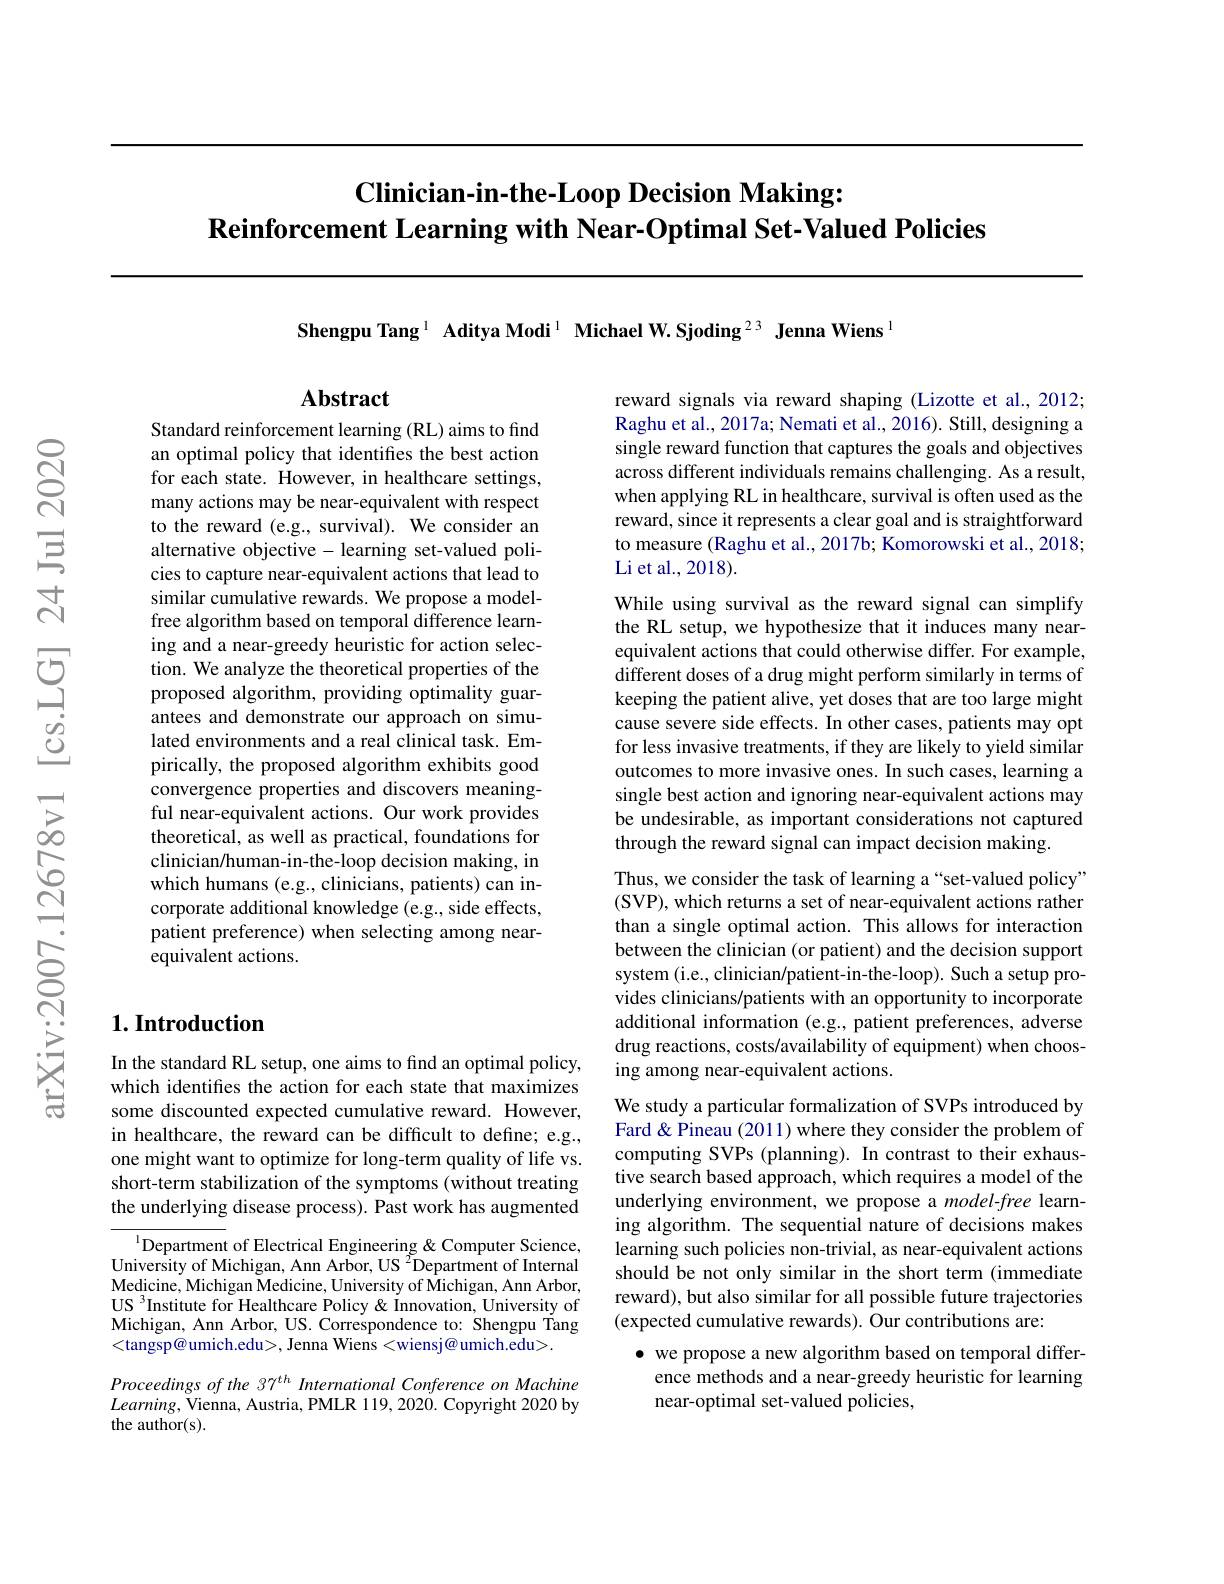
# $\textbf{Clinician- in- the- Loop Decision Making: }$ $\textbf{Reinforcement Learning with Near- Optimal Set- Valued Policies}$

Shengpu Tang $^{1}$ Aditya Modi$^{1}$ Michael W.Sjoding$^{23}$ Jenna Wiens$^{1}$

## Abstract

reward signals via reward shaping (Lizotte et al., 2012; Raghu et al., 2017a; Nemati et al., 2016). Still, designing a single reward function that captures the goals and objectives across different individuals remains challenging. As a result, when applying RL in healthcare, survival is often used as the reward, since it represents a clear goal and is straightforward to measure (Raghu et al., 2017b; Komorowski et al., 2018; Li et al. , 2018).

Standard reinforcement learning (RL) aims to find an optimal policy that identifies the best action for each state. However, in healthcare settings, many actions may be near-equivalent with respect to the reward (e.g., survival). We consider an alternative objective- learning set-valued policies to capture near-equivalent actions that lead to similar cumulative rewards. We propose a modelfree algorithm based on temporal difference learning and a near-greedy heuristic for action selection. We analyze the theoretical properties of the proposed algorithm, providing optimality guarantees and demonstrate our approach on simulated environments and a real clinical task. Empirically, the proposed algorithm exhibits good convergence properties and discovers meaningful near-equivalent actions. Our work provides theoretical, as well as practical, foundations for clinician/human-in-the-loop decision making, in which humans (e.g., clinicians, patients) can incorporate additional knowledge (e.g., side effects, patient preference) when selecting among nearequivalent actions.

## $1. \textbf{Introduction}$

In the standard RL setup, one aims to find an optimal policy, which identifies the action for each state that maximizes some discounted expected cumulative reward. However, in healthcare, the reward can be difficult to define; e.g., one might want to optimize for long-term quality of life vs. short-term stabilization of the symptoms (without treating the underlying disease process). Past work has augmented

$^{1}$Department of Electrical Engineering & Computer Science, University of Michigan, Ann Arbor, US $^2$Department of Internal Medicine, Michigan Medicine, University of Michigan, Ann Arbor, US $^3$Institute for Healthcare Policy & Innovation, University of Michigan, Ann Arbor, US. Correspondence to: Shengpu Tang <tangsp@umich.edu>, Jenna Wiens<wiensj@umich.edu>.
Proceedings of the 37$^{th}$ International Conference on Machine $Learning$,Vienna, Austria, PMLR 119, 2020. Copyright 2020 by the author(s).

While using survival as the reward signal can simplify the RL setup, we hypothesize that it induces many nearequivalent actions that could otherwise differ. For example, different doses of a drug might perform similarly in terms of keeping the patient alive, yet doses that are too large might cause severe side effects. In other cases, patients may opt for less invasive treatments, if they are likely to yield similar outcomes to more invasive ones. In such cases, learning a single best action and ignoring near-equivalent actions may be undesirable, as important considerations not captured through the reward signal can impact decision making.

Thus, we consider the task of learning a“set-valued policy” (SVP), which returns a set of near-equivalent actions rather than a single optimal action. This allows for interaction between the clinician (or patient) and the decision support system (i.e., clinician/patient-in-the-loop). Such a setup provides clinicians/patients with an opportunity to incorporate additional information (e.g., patient preferences, adverse drug reactions, costs/availability of equipment) when choosing among near-equivalent actions.

We study a particular formalization of SVPs introduced by Fard & Pineau (2011) where they consider the problem of computing SVPs (planning). In contrast to their exhaustive search based approach, which requires a model of the underlying environment, we propose a model-free learning algorithm. The sequential nature of decisions makes learning such policies non-trivial, as near-equivalent actions should be not only similar in the short term (immediate reward), but also similar for all possible future trajectories (expected cumulative rewards). Our contributions are:
$\bullet$ we propose a new algorithm based on temporal differ-

ence methods and a near-greedy heuristic for learning
near-optimal set-valued policies,